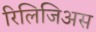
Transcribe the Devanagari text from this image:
रिलिजिअस